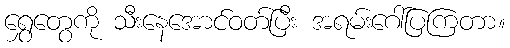
ရွှေတွေကို သီးနေအောင်ဝတ်ပြီး အရမ်းဂေါ်ပြကြတာ။